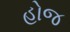
હોજ